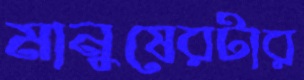
মানুষেরটার